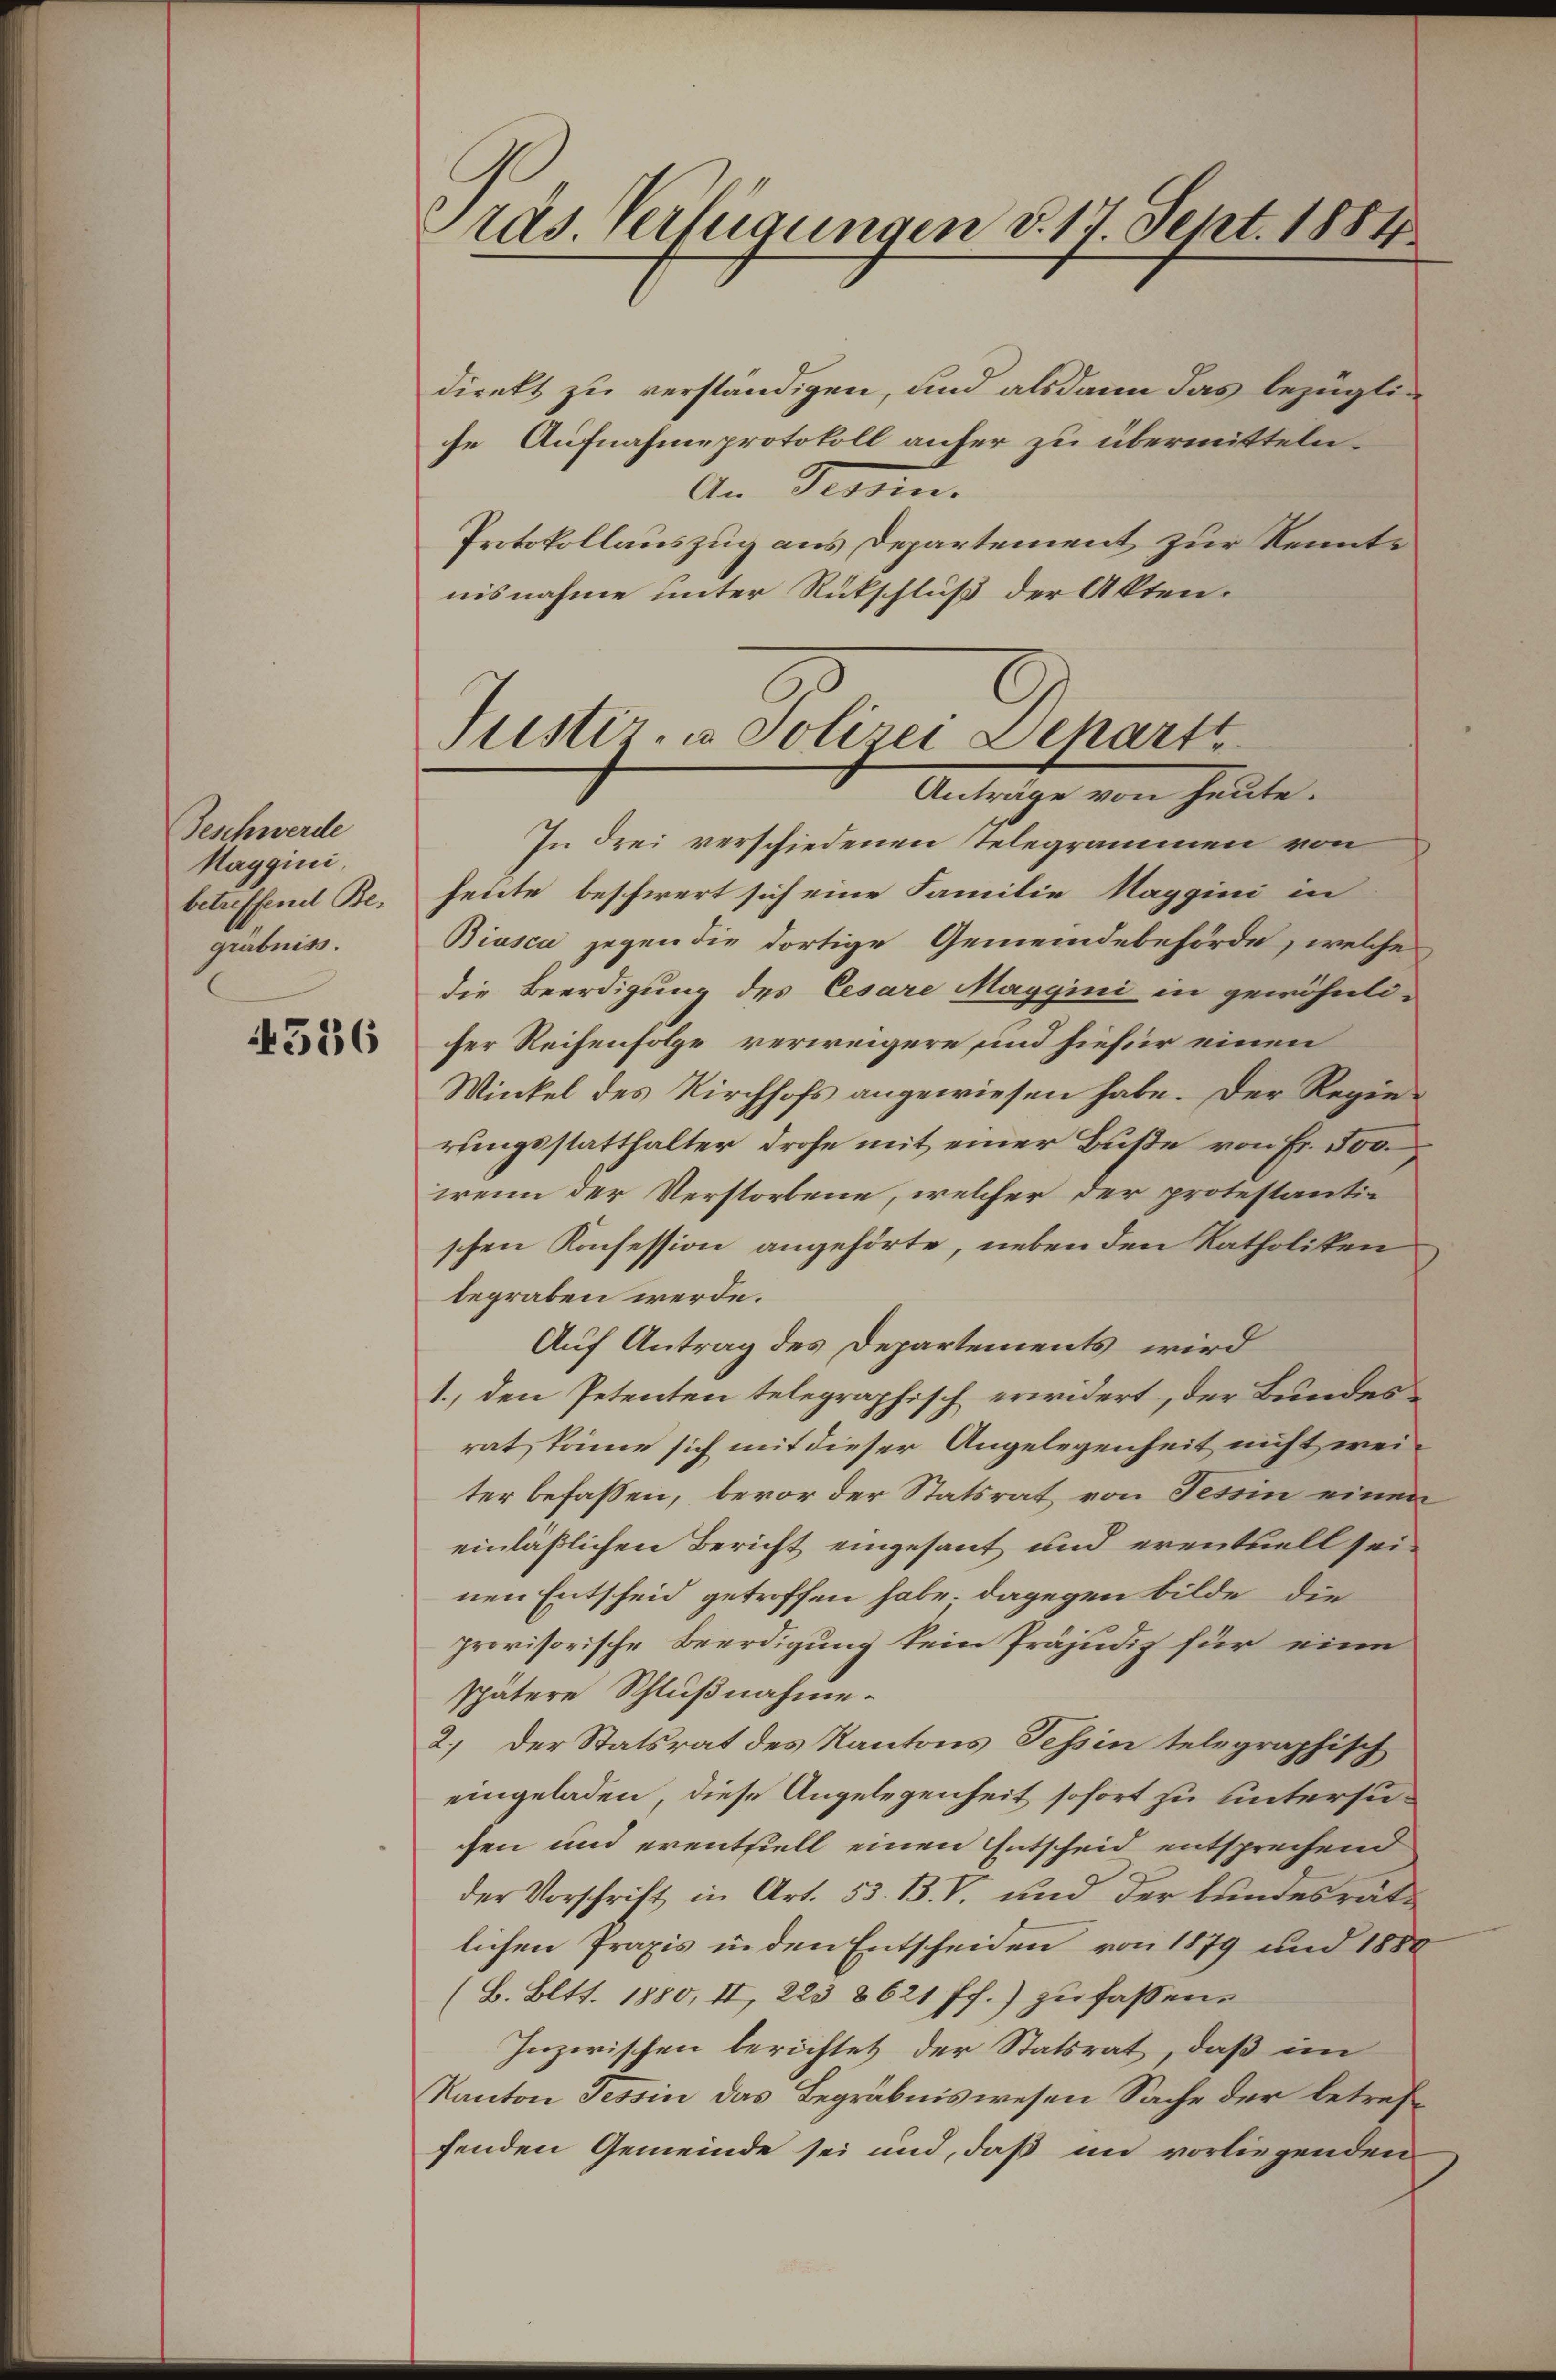
Geschwerde
Maggini
betreffend Be-
grabniss.

4556

Präs. Verfügungen d. 17. Sept. 1884

direkt zu verständigen, und alsdann das bezügli-
se Aufnahmsprotokoll anher zu übermitteln.
An Germ.
Protokollauszug aus Departement zur Kenntnisnahme unter Rückschluß der Akten.

C
Justiz- u. Solizei Deharrt
Anträge von heute.

In drei verschiedenen Telegrammen von
heute beschwert sich eine Familie Maggini in
Biasca gegen die dortige Gemeindebehörde, welche
die Beerdigung des Cesare Maggini in gewöhnli-
ser Reihenfolge verweigere sind hiefür einen
Winkel des Kirchhofs angewiesen habe. Der Regierungsstatthalter drohe mit einer Buße von Fr. 500.
wenn der Verstorbene, welcher der protestantie
schen Konsession angehörte, neben den Katholiken
begraben werde.
Auf Antrag des Departements wird
1., den Petenten telegraphisch erwidert, der Bundesrat, könne sich mit dieser Angelegenheit nicht weiter befassen, bevor der Statsrat von Tessin einen
einläßlichen Bericht eingesant und eventuell seinen Entscheid getroffen habe. Dagegen bilde, die
provisorische Beerdigung kein Präjudiz für eine
spätere Schlußnahme.
2.) Der Statsrat des Kantons Tessin telegraphisch
eingeladen, diese Angelegenheit sofort zu untersuchen und erentstell einen Entscheid entsprechend
der Vorschrift in Art. 53. B. V. und der bundesrate
lichen Praxis in den Entscheiden von 1879 und 1850
(B. Bett. 1880, II, 223 8621 ff.) zu fassen.
Inzerischen berichtet der Statsrat, daß im
Kanton Tessin das Begräbniswesen Sache der betreffenden Gemeinde sei und, daß im vorliegenden